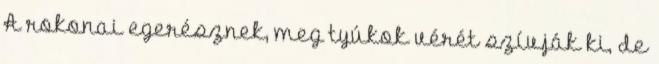
A rokonai egerésznek, meg tyúkok vérét szívják ki, de